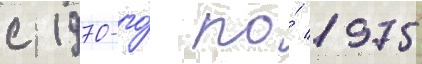
с 1970-го́ по́ 1975